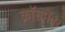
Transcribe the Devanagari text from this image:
क्रॉसमेंबर